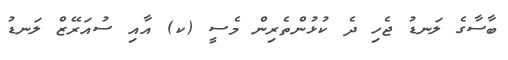
ބާސާގެ ލަނޑު ޖެހި ދެ ކުޅުންތެރިން މެސީ (ކ) އާއި ސުއަރޭޒް ލަނޑު